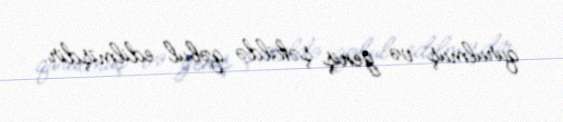
qurulmuş və geniş şəkildə qəbul edilmişdir.